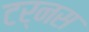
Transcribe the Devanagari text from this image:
टर्नस